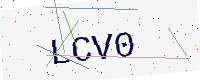
Text: LCV0